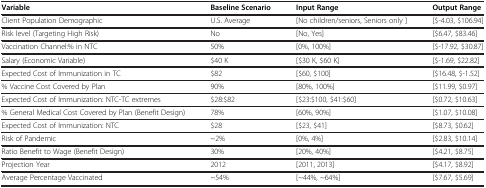
<table><thead><tr><td><b>Variable</b></td><td><b>Baseline Scenario</b></td><td><b>Input Range</b></td><td><b>Output Range</b></td></tr><tr><td><b>Client Population Demographic</b></td><td><b>U.S. Average</b></td><td><b>[No children/seniors, Seniors only ]</b></td><td><b>[$-4.03, $106.94]</b></td></tr><tr><td><b>Risk level (Targeting High Risk)</b></td><td><b>No</b></td><td><b>[No, Yes]</b></td><td><b>[$6.47, $83.46]</b></td></tr></thead><tbody><tr><td>Vaccination Channel:% in NTC</td><td>50%</td><td>[0%, 100%]</td><td>[$-17.92, $30.87]</td></tr><tr><td>Salary (Economic Variable)</td><td>$40 K</td><td>[$30 K, $60 K]</td><td>[$-1.69, $22.82]</td></tr><tr><td>Expected Cost of Immunization in TC</td><td>$82</td><td>[$60, $100]</td><td>[$16.48, $-1.52]</td></tr><tr><td>% Vaccine Cost Covered by Plan</td><td>90%</td><td>[80%, 100%]</td><td>[$11.99, $0.97]</td></tr><tr><td>Expected Cost of Immunization: NTC-TC extremes</td><td>$28:$82</td><td>[$23:$100, $41:$60]</td><td>[$0.72, $10.63]</td></tr><tr><td>% General Medical Cost Covered by Plan (Benefit Design)</td><td>78%</td><td>[60%, 90%]</td><td>[$1.07, $10.08]</td></tr><tr><td>Expected Cost of Immunization: NTC</td><td>$28</td><td>[$23, $41]</td><td>[$8.73, $0.62]</td></tr><tr><td>Risk of Pandemic</td><td>~2%</td><td>[0%, 4%]</td><td>[$2.83, $10.14]</td></tr><tr><td>Ratio Benefit to Wage (Benefit Design)</td><td>30%</td><td>[20%, 40%]</td><td>[$4.21, $8.75]</td></tr><tr><td>Projection Year</td><td>2012</td><td>[2011, 2013]</td><td>[$4.17, $8.92]</td></tr><tr><td>Average Percentage Vaccinated</td><td>~54%</td><td>[~44%, ~64%]</td><td>[$7.67, $5.69]</td></tr></tbody></table>